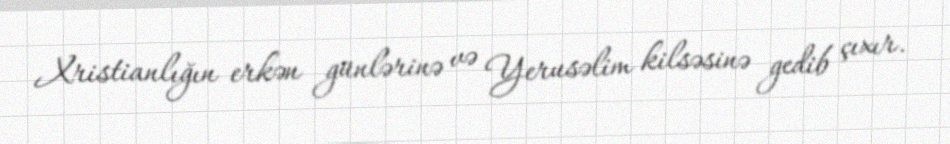
Xristianlığın erkən günlərinə və Yerusəlim kilsəsinə gedib çıxır.